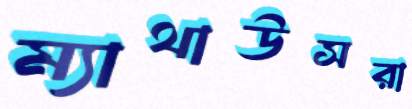
ম্যাথাউসরা